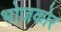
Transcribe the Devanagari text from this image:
भोजकोर